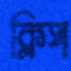
ক্লিপ